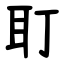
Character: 耵